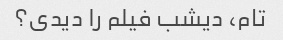
تام، دیشب فیلم را دیدی؟